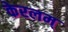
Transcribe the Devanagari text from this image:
केरलम्